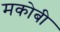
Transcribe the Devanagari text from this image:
मकोबी